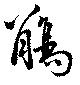
觴